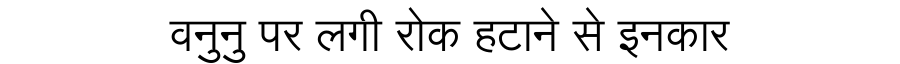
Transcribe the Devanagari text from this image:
वनुनु पर लगी रोक हटाने से इनकार